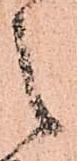
之